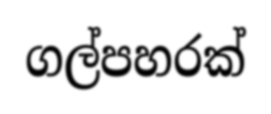
ගල්පහරක්